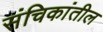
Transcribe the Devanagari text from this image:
संचिकांतील